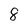
Character: 8